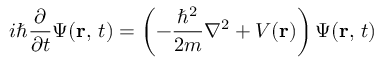
i \hbar { \frac { \partial } { \partial t } } \Psi ( \mathbf { r } , \, t ) = \left( - { \frac { \hbar ^ { 2 } } { 2 m } } \nabla ^ { 2 } + V ( \mathbf { r } ) \right) \Psi ( \mathbf { r } , \, t )